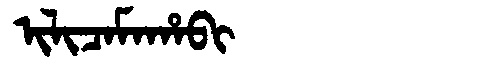
Manchu: ᡳᠯᡳᠴᠠᠮᠠᡥᠠᠪᡳ
Romanization: ILICAMAHABI